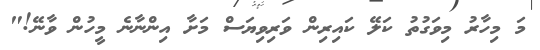
މަ މިހާރު މިވަގުތު ކަލޭ ކައިރިން ވަރިވިޔަސް މަށާ އިންނާނެ މީހުން ވާނޭ!"